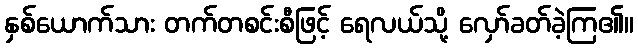
နှစ်ယောက်သား တက်တစင်းစီဖြင့် ရေလယ်သို့ လှော်ခတ်ခဲ့ကြ၏။